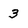
Character: 3